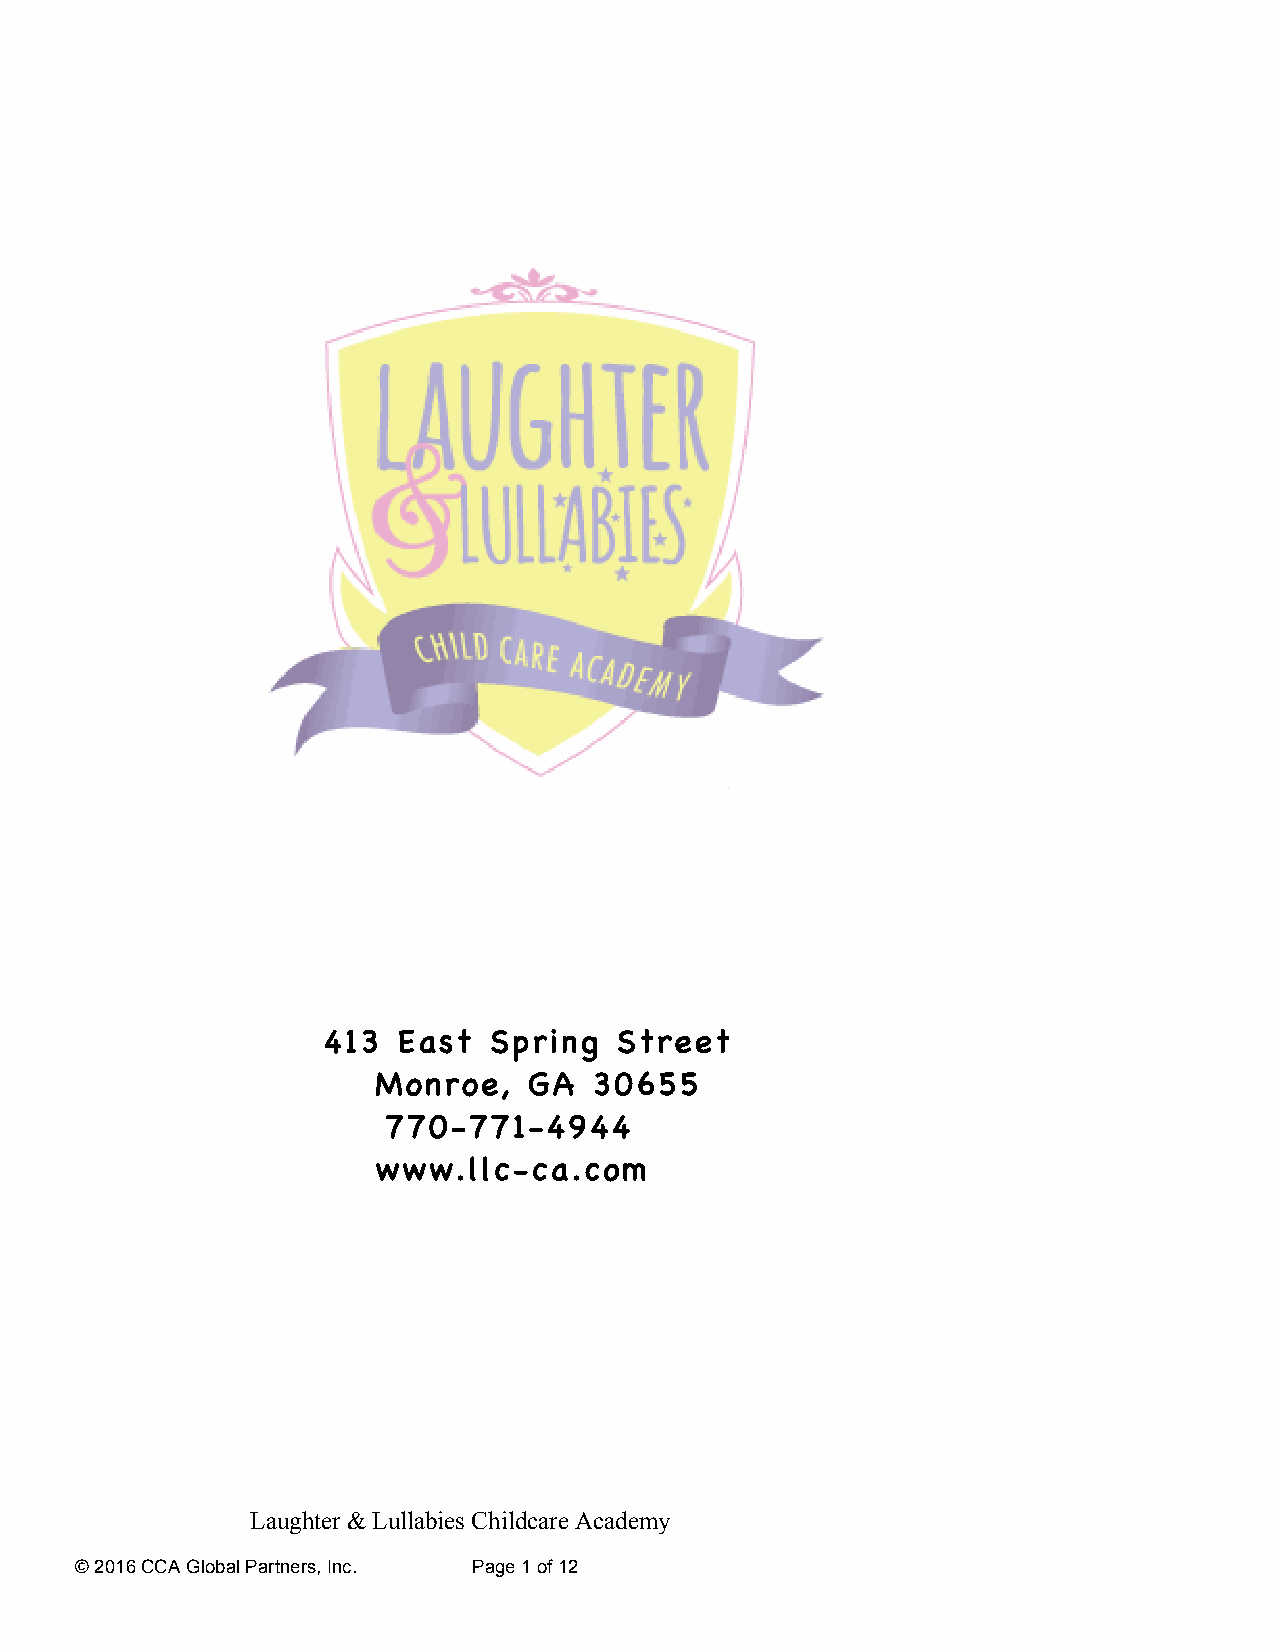
413  East  Spring   Street
 Monroe,   GA  30655
 770-771-4944
 www.llc-ca.com
 Laughter & Lullabies Childcare Academy
 © 2016 CCA Global Partners, Inc. Page 1 of 12